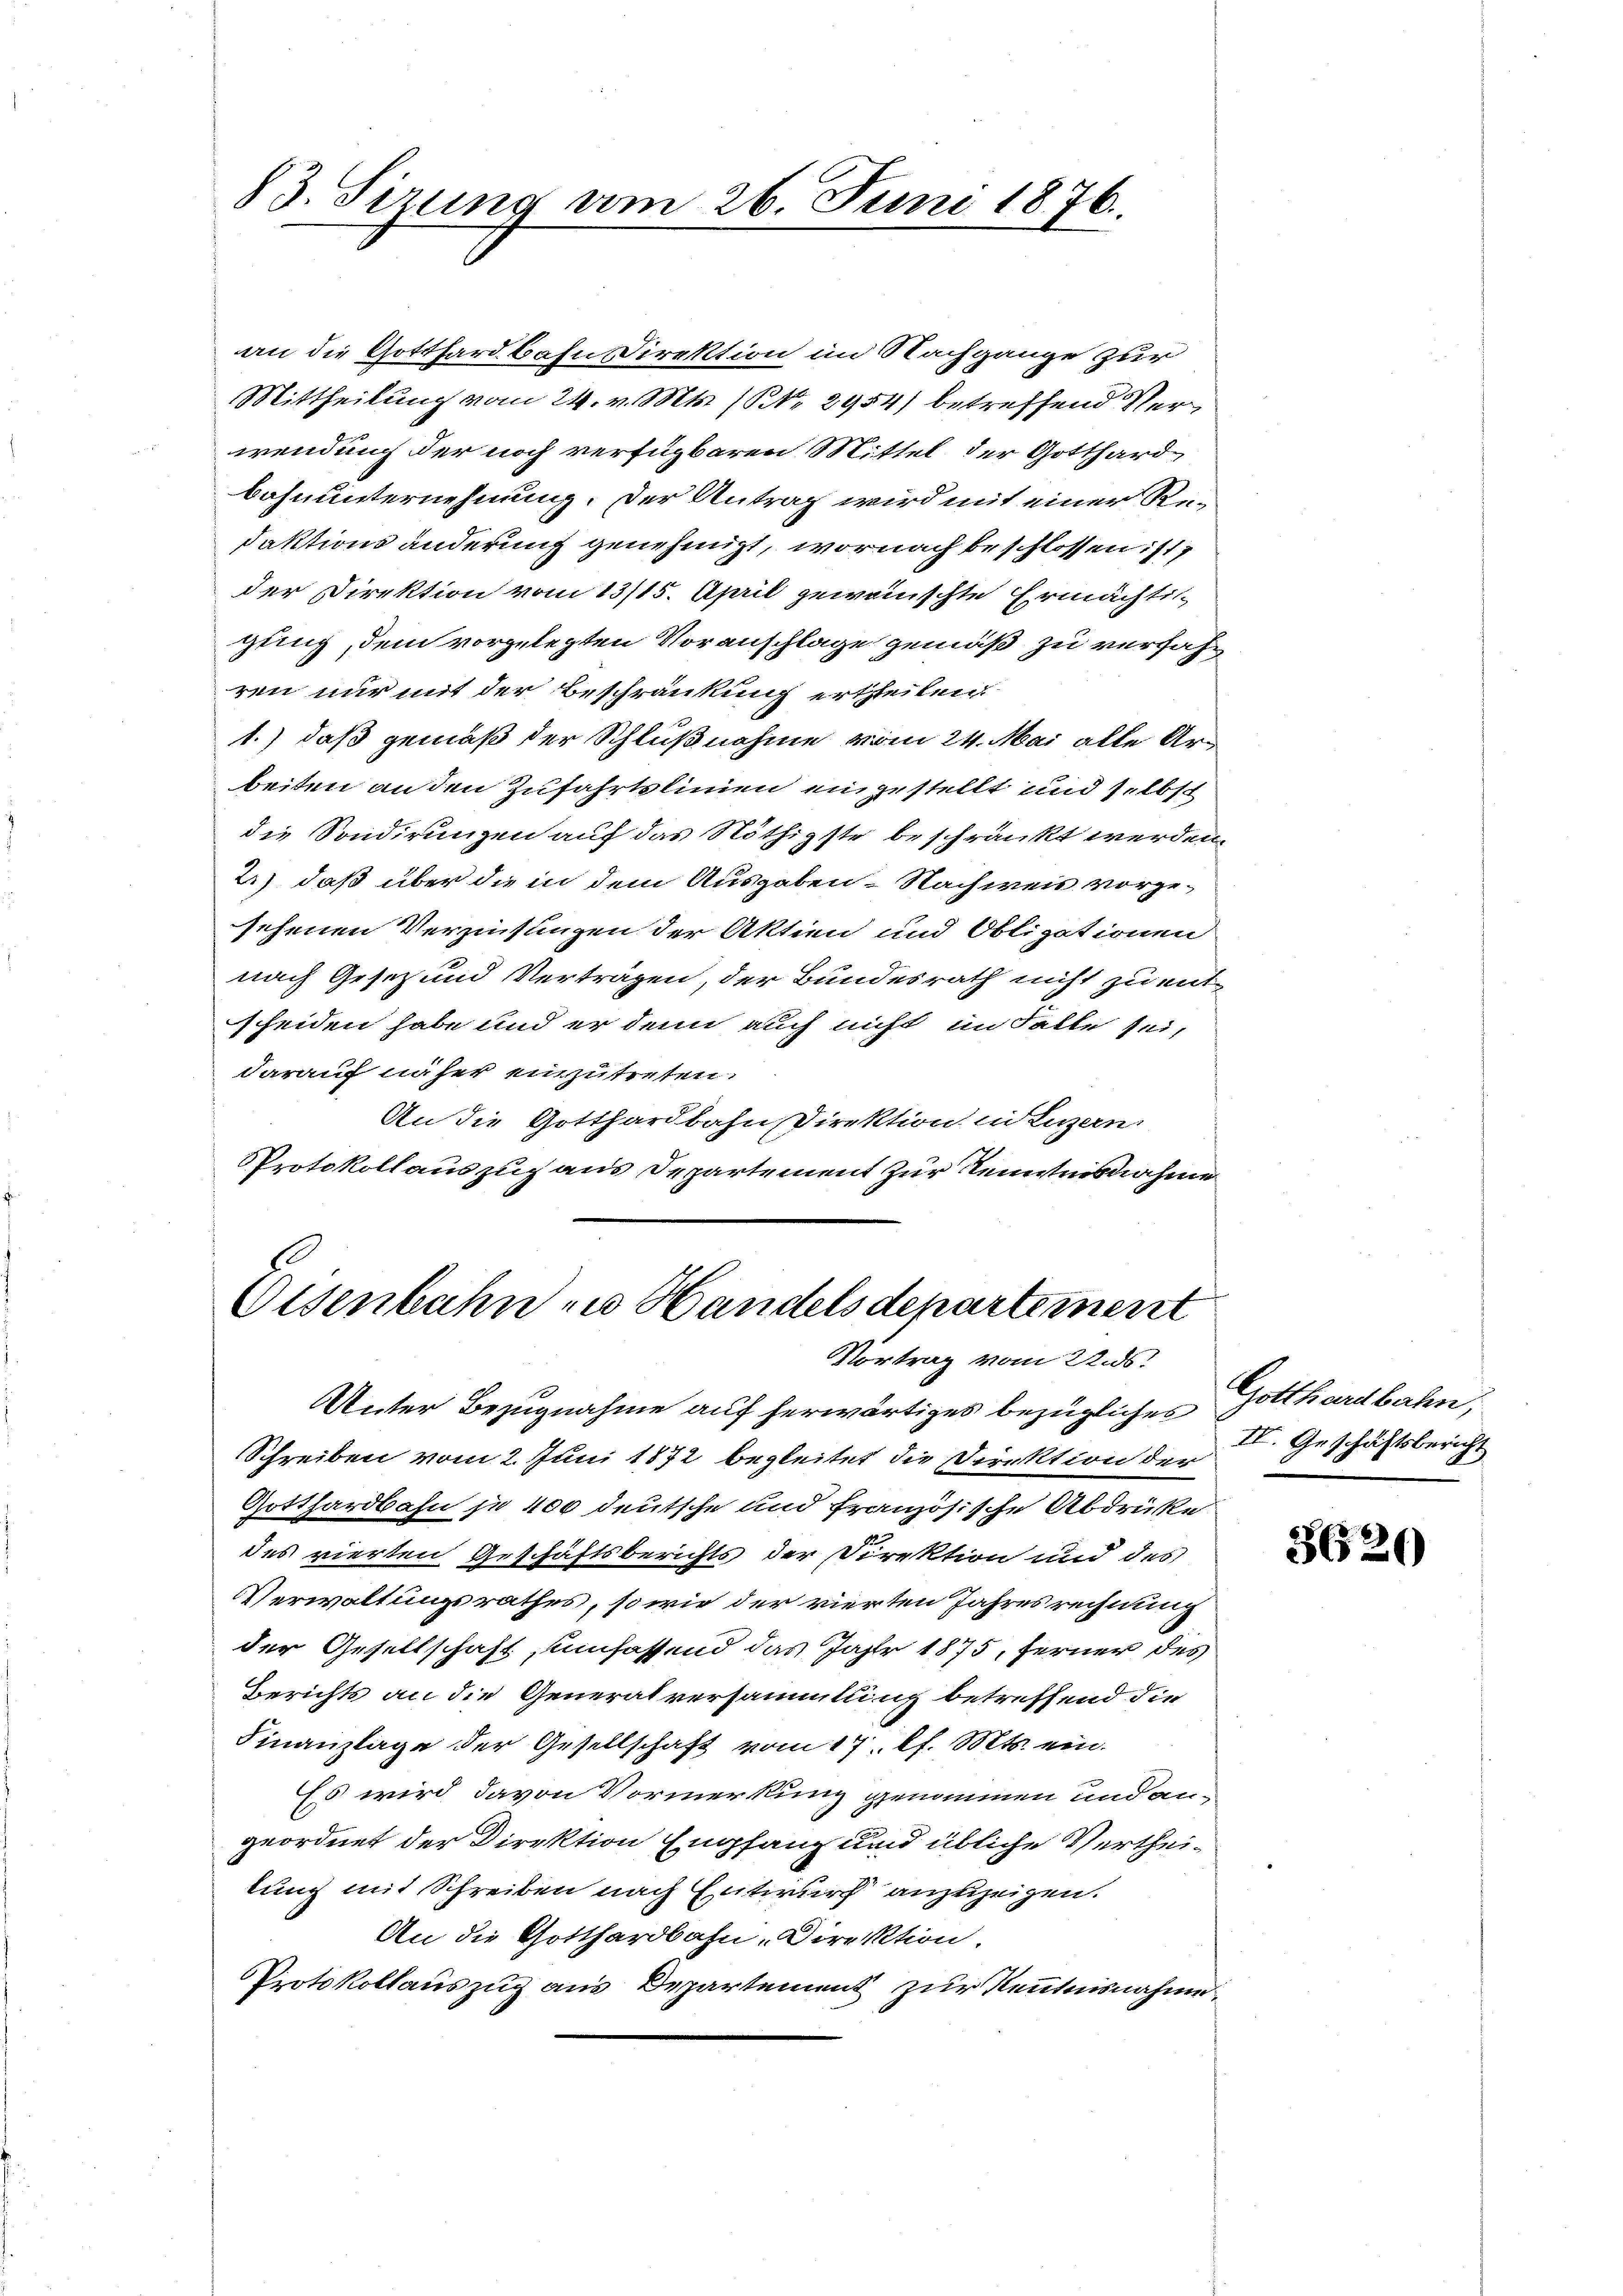
an die Gotthardbahn Direktion im Nachgange zur
Mittheilung vom 24. v. Mts. (S. 2954) betreffend Verwendung der noch verfügbaren Mittel der Gotthard-
bohnunternehmung. Der Antrag wird mit einer Refaktions änderung genehmigt, wornach beschlossen ist
der Direktion vom 13/15. April gewünschte Ermächtiggung, dem vorgelegten Voranschlage gemäß zu verfahren nur mit der Beschränkung ertheilen
1.) daß gemäß der Schlußnahme vom 24. Mai alle Arbeiten an den Zufahrklinien einzustellt und selbst
die Sondirungen auf das Nöthigste beschränkt werden.
2.) daß über die in dem Ausgaben - Nachweis vorgeschenen Verzinsungen der Aktien und Obligationen
nach Gesetz und Verträgen, der Bundesrath nicht zu entscheiden habe und er denn auch nicht im Falle sei,
darauf näher einzutreten.
An die Gotthardbahn Direktion in Luzern
Protokollauszug aus Departement zur Kenntnisnahme

83. Sirung vom 26. Juni 1876.

Oisenbahn in Handelsdepartement
Vortrag vom 22. ds.

Unter Bezugnahme auf herwärtiges bezügliches
Schreiben vom 2. Juni 1872 begleitet die Direktion der
Gotthardbahn je 400 deutsche und französische Abdrüke
des vierten Geschäftsberichts der Direktion und des
Verwaltungsrathes, so wie der vierten Jahresrechnung
der Gesellschaft, umfassend das Jahr 1875, ferner des
Berichts an die Generalversammlung betreffend die
Finanzlage der Gesellschaft vom 17. lf. Mts. ein¬
Es wird davon Vormerkung genommen und angeordnet der Direktion Empfang und übliche Vertheitung mit Schreiben nach Entwurf anzuzeigen.
An die Gotthardbahn-Direktion.
Protokollauszug aus Departement zur Kenntnisnahme

Gotthardbahn,
IV. Geschäftsbericht

3620